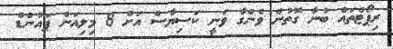
ރިޕޯޓްތައް ބުނާ ގޮތުން ވެންގާ ވަނީ ކަސިޔާސް އަށް 8 މިލިއަން ޕައުންޑް